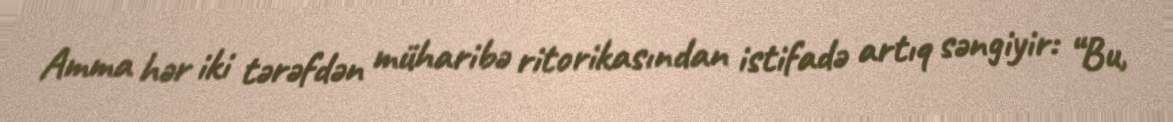
Amma hər iki tərəfdən müharibə ritorikasından istifadə artıq səngiyir: “Bu,